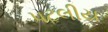
પટલીય